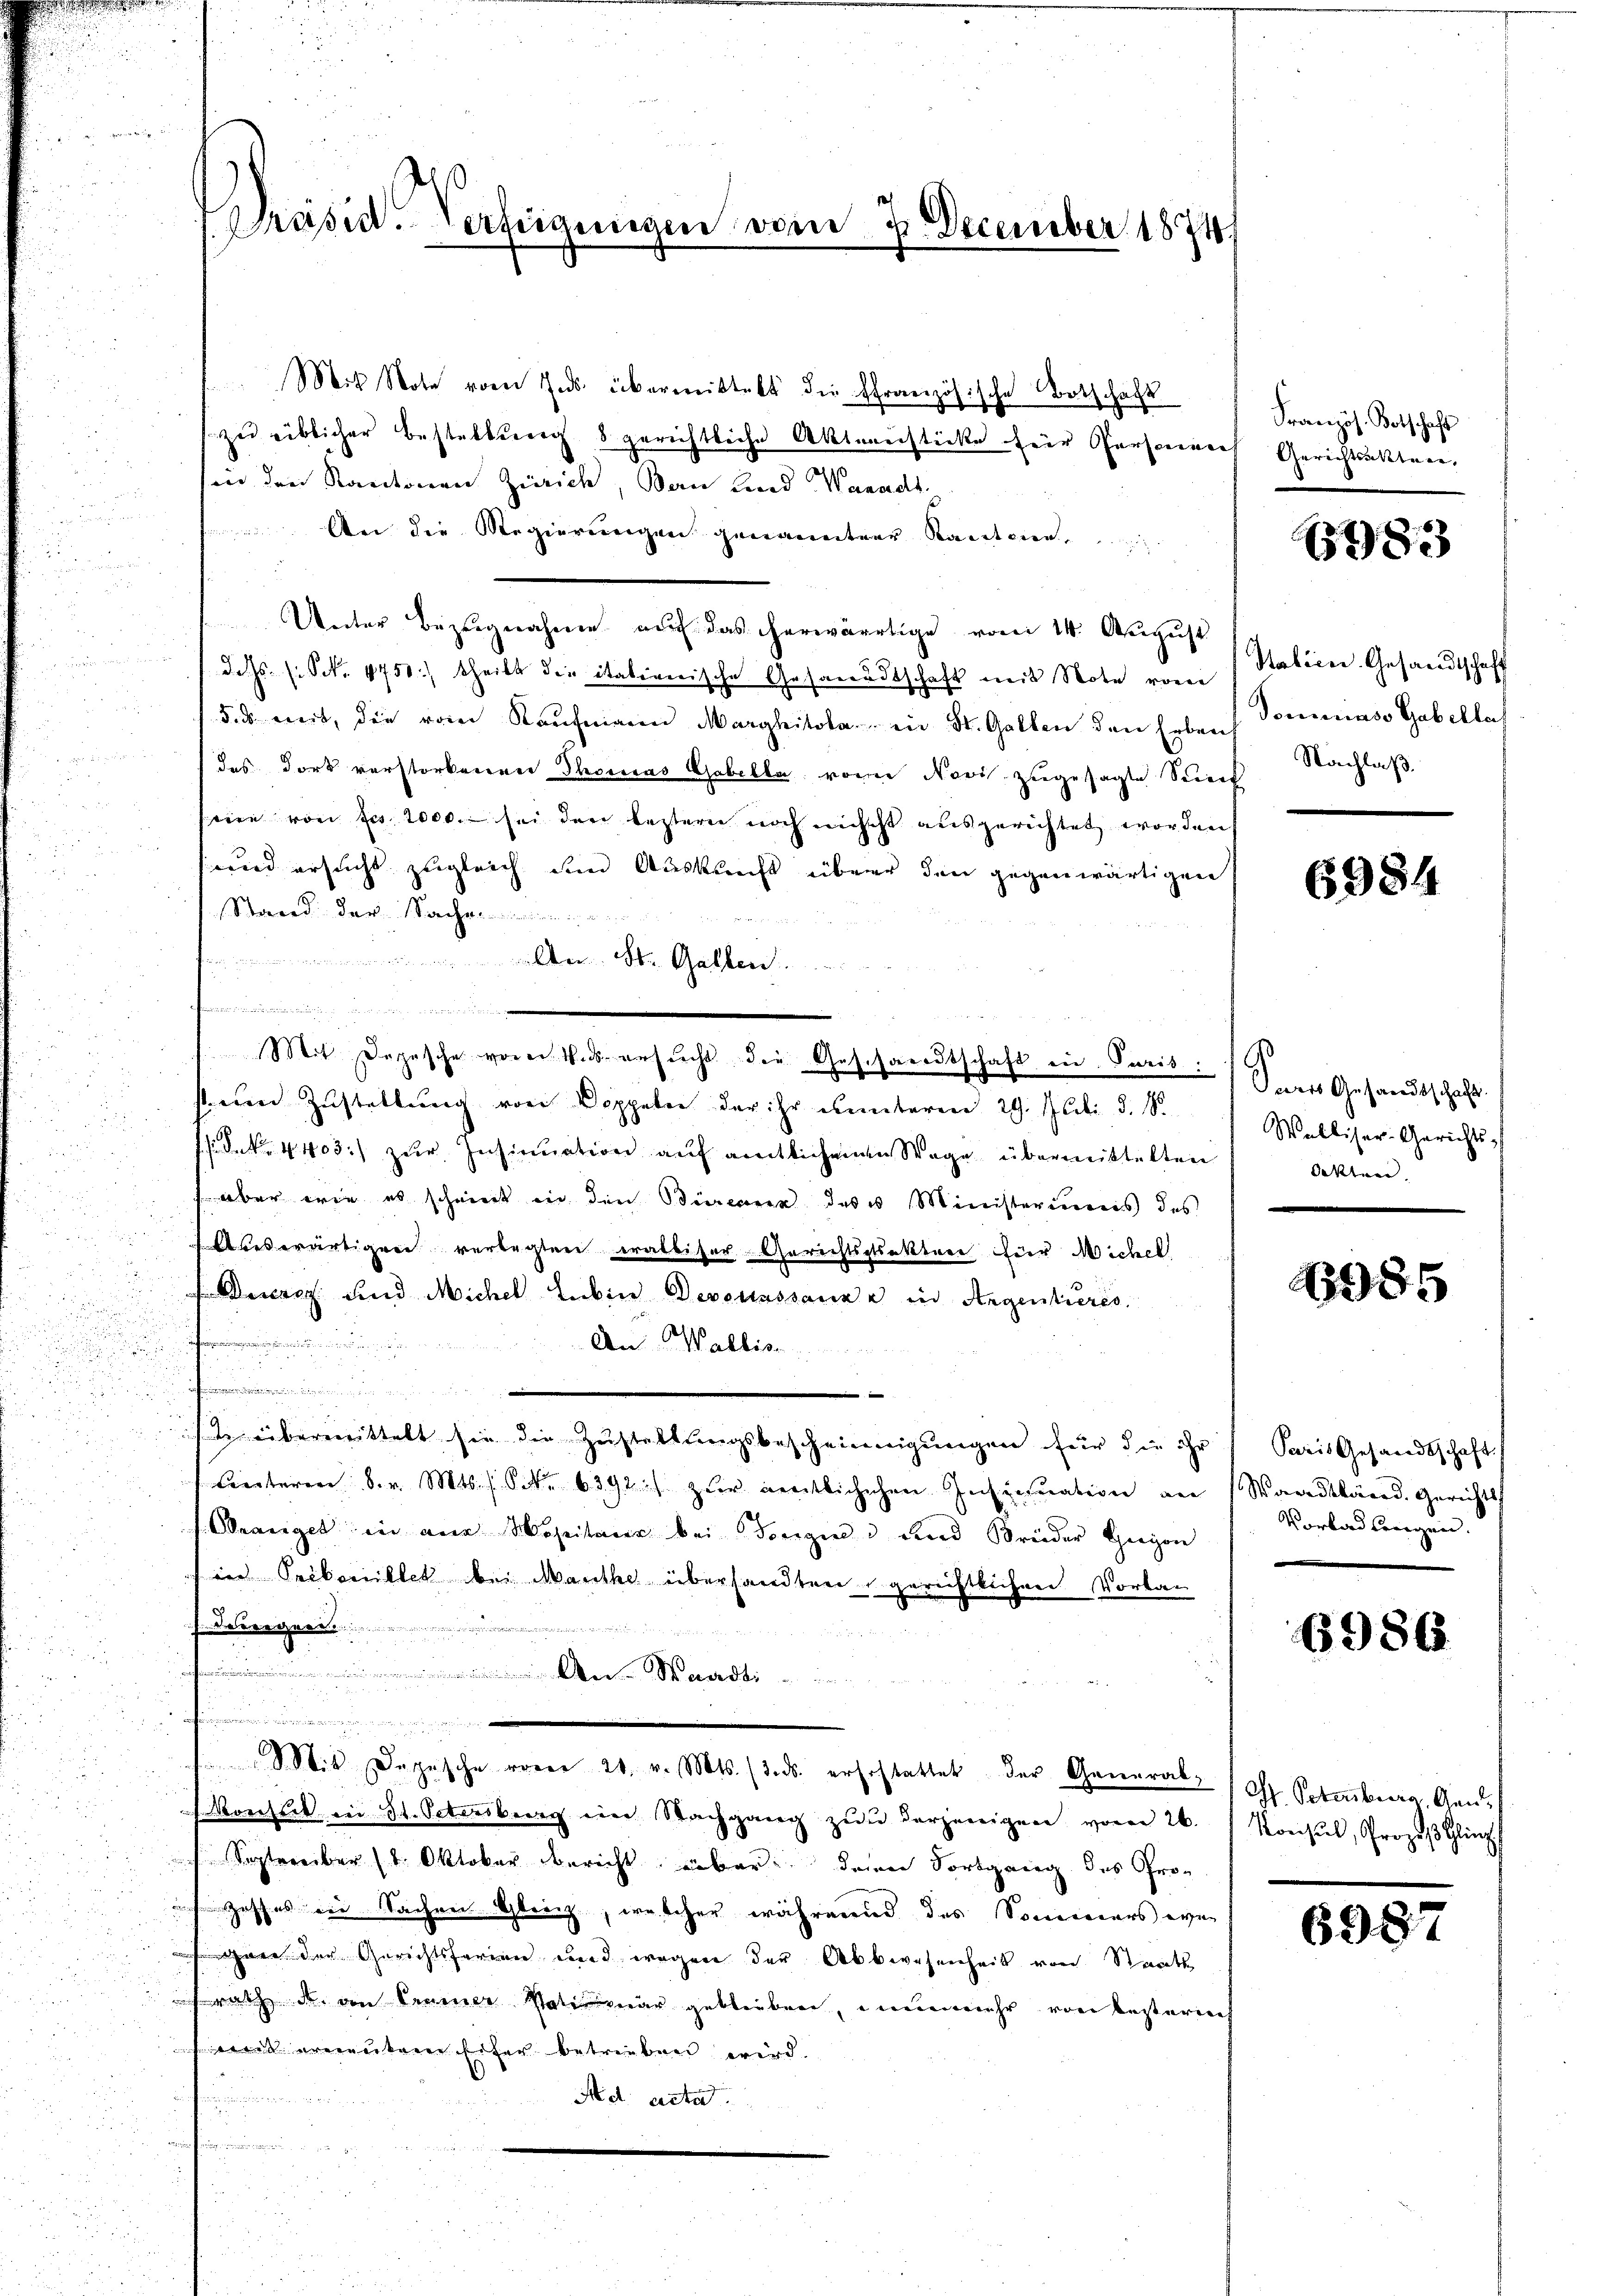
Präsid. Verfügungen vom 2. December 18741

Mit Note vom Inds. übermittelt die französische Botschaft
zu weiblicher Bestaltung 8 gerichtliche Altereisticke für Personen
sind den Kantonen Zürich, Bau und Waadt.
 An die Regierungen genannter Karteien
Unter Bezugnahme auf das herwärtige vom 14. August
dchs. (S. 4751:) theilt die italienische Gesandtschaft mit Note vom
s. mit, die vom Kaŭfmann Marghitola in St. Gallen den Erben
das Dort verstorbenen Thomas Gabella von Novi zugesagte Seie
seien von Fr. 2000. sei den leztern noch nicht ausgerichtet worden
wird ersucht zugleich im Auskunft überer den gegenwärtigen
Stand der Sache
er. Dr. Gallen
n
Mit Depesche vorerstatersŭcht die Geschanndtschaft in Juris:
st ein Zustellung von Doppeln der ihr unteren 29. Juli d. 8.
sdek 4403. zur Insinuation auf amtlichenen Wege übermittelten
aber wie es scheint in der Büreaux des u Ministeriums des
Abeswärtigere verlegten eralbiser Gerichtsstraktere für Michel
enaer und Michel Lubin Devousssance in Argentieres

An Wallis.
55

ste übermittelt sie die Zustellŭngsbescheinigungen für die ihr Paris Gesandtschaft
Ceteren S. v. Mts. S. 6392. zur gentlichischen Insinuation an Waadtländ. Gerichts
Oranget in ein Moheiten bei Konzen und Brüder Gegen
in Pribenillet bei Mauthe übersandten gerichtlichen Vortan
Derregner

M. Wa

.
Mit Depesche von 21. v. Mts. (3. ds. ersostattet der General-O. Petenburg, Gan
Konseck in St. Octoberg im Nachgang zŭ derjenigen vom 26. Konsul, Prozeß Gling
September (1. Oktober bericht einbar den Fortgang des Prois Zusches die Sachen Gleich, welcher währerend des Sommers wes gare der Gerichtsferien und wegen der Abbwesenheit von Staat
srath das von Trainer Vati war geblieben, nunmehr von besterie
weit erneuten Eifer betrieben wird.
 189
Ad acta.
.

Französ. Botschaft
Gerichtsakter,

383

Habien. Gesandtschaff
Domenade Gabelles
Nachlaß.

6984

Vares Gesandtschaft.
Walliser-Gerichts-
dekten.

1085

Vorladtragen.

6986

636